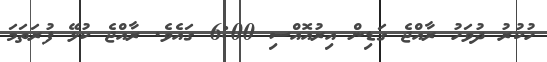
ހުކުރު ދުވަހު ރާއްޖެ ގަޑިން އިރުއޮއްސި 6:00 ގައެވެ. ރާއްޖެ ކުޅޭ ފުރަތަމަ